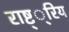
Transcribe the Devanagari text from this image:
राष्ट््रिय